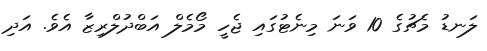
ލަނޑު މެޗުގެ 10 ވަނަ މިނެޓުގައި ޖެހީ މޯމެލް އަބްދުލްރިޒާ އެވެ. އަދި